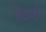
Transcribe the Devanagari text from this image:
पे़क्षाही